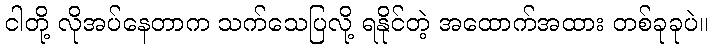
ငါတို့ လိုအပ်နေတာက သက်သေပြလို့ ရနိုင်တဲ့ အထောက်အထား တစ်ခုခုပဲ။